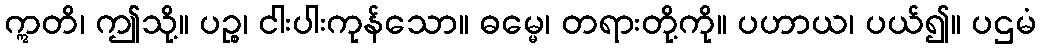
ဣတိ၊ ဤသို့။ ပဉ္စ၊ ငါးပါးကုန်သော။ ဓမ္မေ၊ တရားတို့ကို။ ပဟာယ၊ ပယ်၍။ ပဌမံ